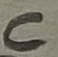
Text: C